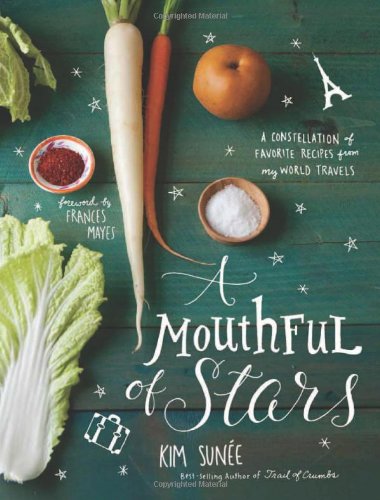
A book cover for A Mouthful of Stars: A Constellation of Favorite Recipes from My World Travels; Kim Sunee; Cookbooks, Food & Wine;